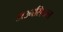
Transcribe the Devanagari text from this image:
डाउनसियन